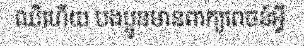
ឈឺហើយ បងប្អូនមានពាក្យពេចន៍អ្វី